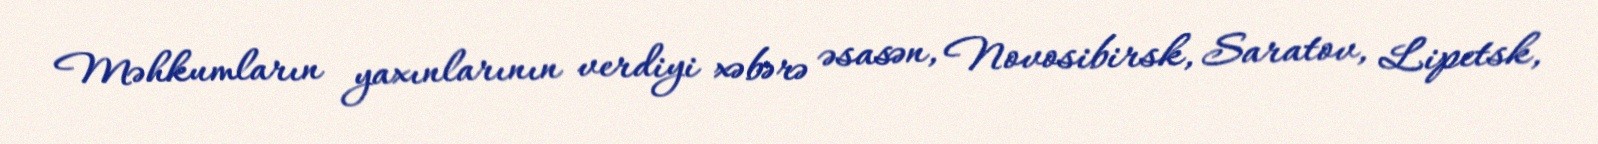
Məhkumların yaxınlarının verdiyi xəbərə əsasən, Novosibirsk, Saratov, Lipetsk,